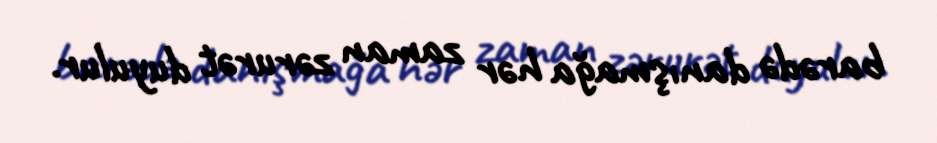
barədə danışmağa hər zaman zərurət duyulur.